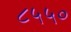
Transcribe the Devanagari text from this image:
८५५०